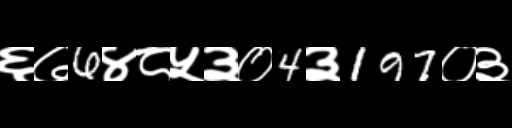
Text: ६७6४८५३०4३197०३